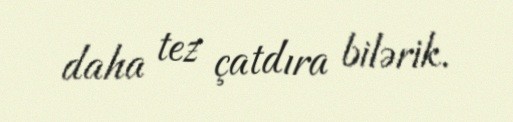
daha tez çatdıra bilərik.